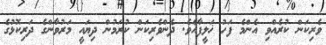
ވެރިކަން ކުރެއްވި އެންމެ ފަހު ޚަލީފާއެވެ. ދެންވެރިކަން ކުރަމުން ދިޔައީ މަރުވާންގެ ދަރިކޮޅުގެ